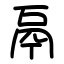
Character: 鬲